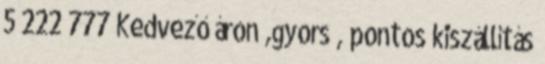
5 222 777 Kedvező áron ,gyors , pontos kiszállítás